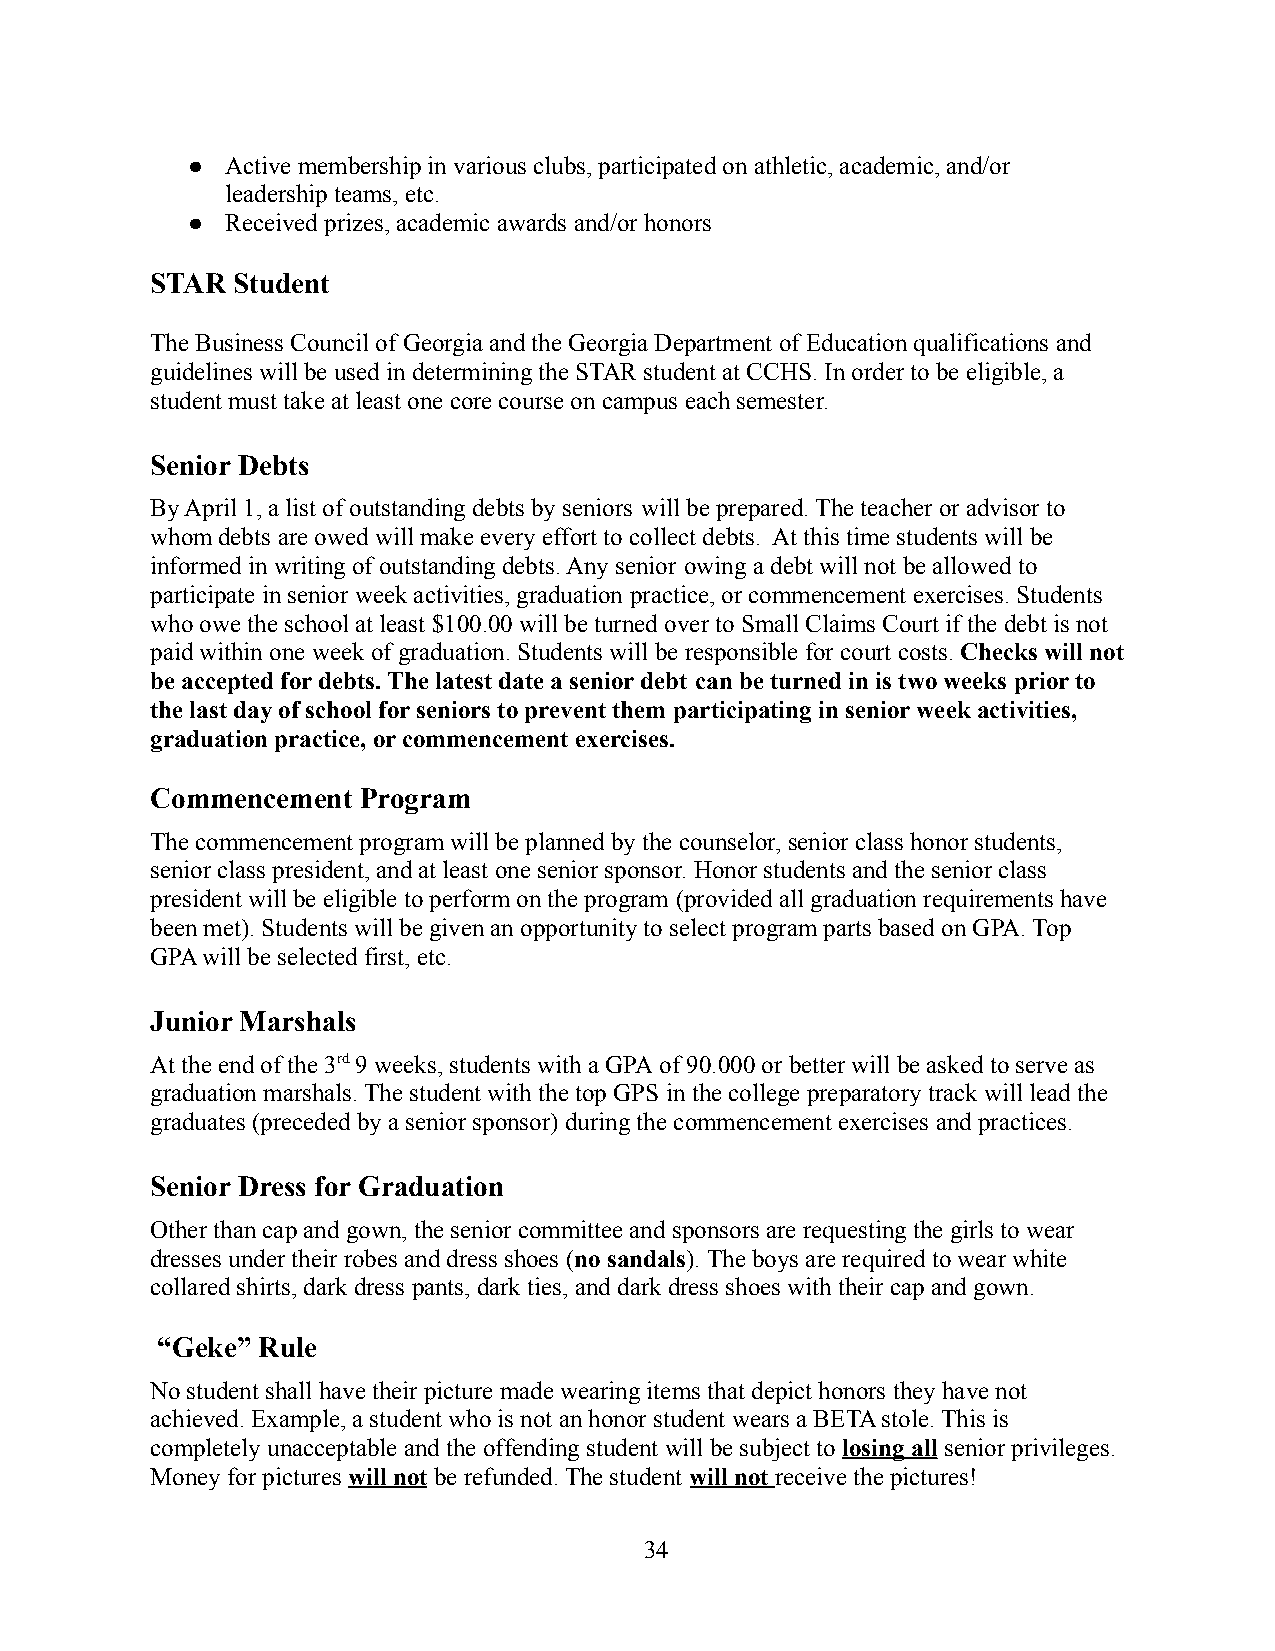
●  Active membership in various clubs, participated on athletic, academic, and/or
 leadership teams, etc.
 ●  Received prizes, academic awards and/or honors
 STAR Student
 The Business Council of Georgia and the Georgia Department of Education qualifications and
 guidelines will be used in determining the STAR studentat CCHS. In order to be eligible, a
 student must take at least one core course on campus each semester.
 Senior Debts
 By April 1, a list of outstanding debts by seniors will be prepared. The teacher or advisor to
 whom debts are owed will make every effort to collectdebts. At this time students will be
 informed in writing of outstanding debts. Any senior owing a debt will not be allowed to
 participate in senior week activities, graduationpractice, or commencement exercises. Students
 who owe the school at least $100.00 will be turned over to Small Claims Court if the debt is not
 paid within one week of graduation. Students will be responsible for court costs.Checks will not
 be accepted for debts. The latest date a senior debt can be turned in is two weeks prior to
 the last day of school for seniors to prevent them participating in senior week activities,
 graduation practice, or commencement exercises.
 Commencement  Program
 The commencement program will be planned by the counselor,senior class honor students,
 senior class president, and at least one senior sponsor.Honor students and the senior class
 president will be eligible to perform on the program(provided all graduation requirements have
 been met). Students will be given an opportunity to select program parts based on GPA. Top
 GPA will be selected first, etc.
 Junior Marshals
 At the end of the 3rd9 weeks, students with a GPAof 90.000 or better will be asked to serve as
 graduation marshals. The student with the top GPS in the college preparatory track will lead the
 graduates (preceded by a senior sponsor) during thecommencement exercises and practices.
 Senior Dress for Graduation
 Other than cap and gown, the senior committee and sponsors are requesting the girls to wear
 dresses under their robes and dress shoes (no sandals).The boys are required to wear white
 collared shirts, dark dress pants, dark ties, anddark dress shoes with their cap and gown.
 “Geke” Rule
 No student shall have their picture made wearing itemsthat depict honors they have not
 achieved. Example, a student who is not an honor student wears a BETA stole. This is
 completely unacceptable and the offending studentwill be subject tolosing all senior privileges.
 Money for pictures will notbe refunded. The student will not receive the pictures!
 34